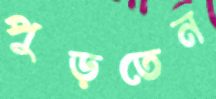
পুড়তেন